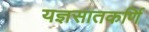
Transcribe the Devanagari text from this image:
यज्ञसातकर्णि